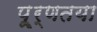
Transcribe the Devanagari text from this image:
पू्र्णतया